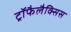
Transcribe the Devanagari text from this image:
ट्रॉफैलैक्सिस